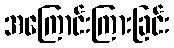
အကြောင်းကြားခြင်း